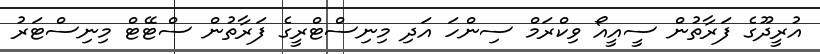
އުރީދޫގެ ފަރާތުން ސީއީއޯ ވިކްރަމް ސިންހަ އަދި މިނިސްޓްރީގެ ފަރާތުން ސްޓޭޓް މިނިސްޓަރު